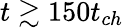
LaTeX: t\gtrsim 150t_{ch}